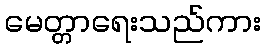
မေတ္တာရေးသည်ကား